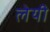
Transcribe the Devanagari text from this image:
लेयी